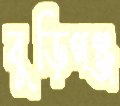
বুড়িগঞ্জ